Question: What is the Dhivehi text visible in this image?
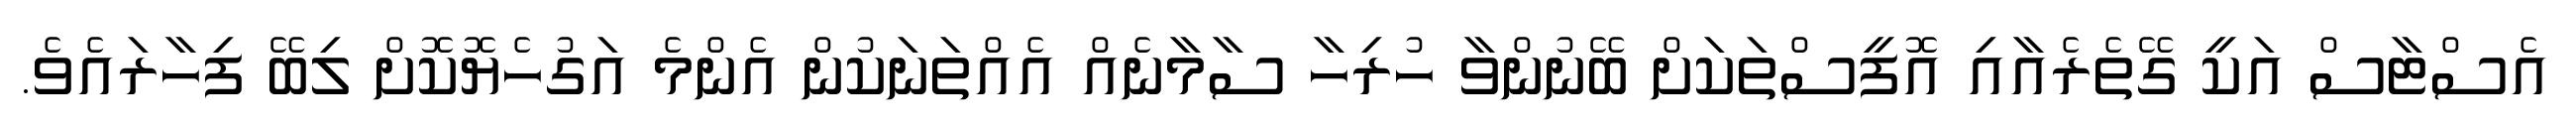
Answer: އެސްޓާސް އަކީ ގޭތެރެއާއި އޮފީސްތަކަށް ބޭނުންވާ ހުރިހާ ސާމާނެއް އެއްތަނަކުން އެންމެ އަގުހެޔޮކޮށް ލިބޭ ފިހާރައެވެ.